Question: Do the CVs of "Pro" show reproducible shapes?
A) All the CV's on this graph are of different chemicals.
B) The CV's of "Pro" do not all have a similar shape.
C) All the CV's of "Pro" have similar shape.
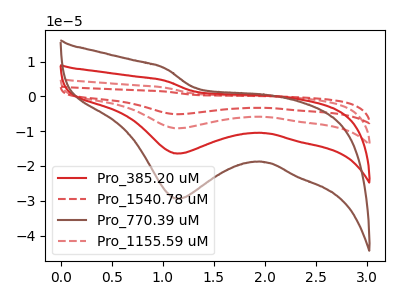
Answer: <think>The red curve "Pro_385.20 uM" has a cathodic peak at: (1.15V, -16.45uA). The red dashed curve "Pro_1540.78 uM" has a cathodic peak at: (1.15V, -49.30uA). The brown curve "Pro_770.39 uM" has a cathodic peak at: (1.15V, -29.45uA). The red dashed curve "Pro_1155.59 uM" has a cathodic peak at: (1.15V, -32.85uA).
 All the peaks in "Pro_385.20 uM" have a peak in "Pro_1540.78 uM" at the same potential. Every peak in "Pro_385.20 uM" is lower than every peak in "Pro_1540.78 uM". All the peaks in "Pro_385.20 uM" have a peak in "Pro_770.39 uM" at the same potential. Every peak in "Pro_385.20 uM" is lower than every peak in "Pro_770.39 uM". All the peaks in "Pro_385.20 uM" have a peak in "Pro_1155.59 uM" at the same potential. Every peak in "Pro_385.20 uM" is lower than every peak in "Pro_1155.59 uM". All the peaks in "Pro_1540.78 uM" have a peak in "Pro_770.39 uM" at the same potential. Every peak in "Pro_1540.78 uM" is higher than every peak in "Pro_770.39 uM". All the peaks in "Pro_1540.78 uM" have a peak in "Pro_1155.59 uM" at the same potential. Every peak in "Pro_1540.78 uM" is higher than every peak in "Pro_1155.59 uM". All the peaks in "Pro_770.39 uM" have a peak in "Pro_1155.59 uM" at the same potential. Every peak in "Pro_770.39 uM" is lower than every peak in "Pro_1155.59 uM".</think>
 <answer>C) All the CV's of "Pro" have similar shape.</answer>
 <eval>C</eval>